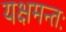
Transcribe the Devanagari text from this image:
यक्षमन्तः